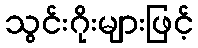
သွင်းဂိုးများဖြင့်